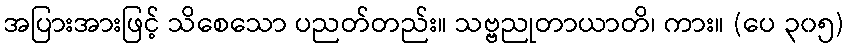
အပြားအားဖြင့် သိစေသော ပညတ်တည်း။ သဗ္ဗညုတာယာတိ၊ ကား။ (ပေ ၃၀၅)